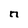
Character: n